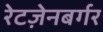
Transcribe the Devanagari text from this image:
रेटज़ेनबर्गर